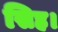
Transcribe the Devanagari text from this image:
सिह।